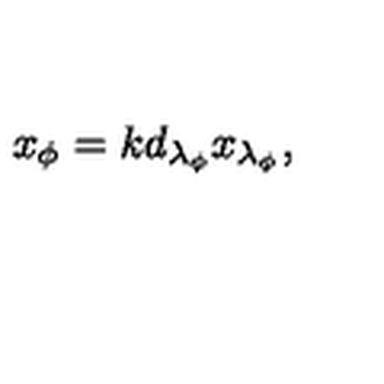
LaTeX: x _ { \phi } = k d _ { \lambda _ { \phi } } x _ { \lambda _ { \phi } } ,